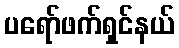
ပရော်ဖက်ရှင်နယ်